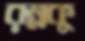
রম্নকু